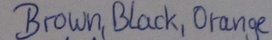
Text: Brown,Black,Orange